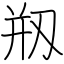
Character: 剏